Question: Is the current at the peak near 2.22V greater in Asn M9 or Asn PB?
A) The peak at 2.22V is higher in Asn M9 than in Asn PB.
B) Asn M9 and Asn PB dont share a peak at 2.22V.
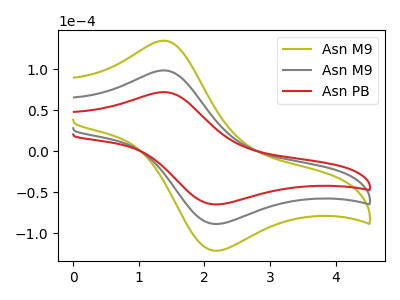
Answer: <think>The olive curve "Asn M9" has an anodic peak at (1.40V, 197.20uA) and a cathodic peak at (2.20V, -177.20uA). The gray curve "Asn M9" has an anodic peak at (1.40V, 98.60uA) and a cathodic peak at (2.20V, -88.60uA). The red curve "Asn PB" has an anodic peak at (1.40V, 72.10uA) and a cathodic peak at (2.20V, -64.80uA).</think>
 <answer>A) The peak at 2.22V is higher in "Asn M9" than in "Asn PB".</answer>
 <eval>A</eval>